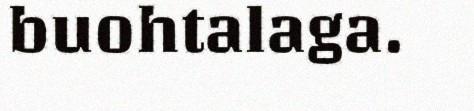
buohtalaga.